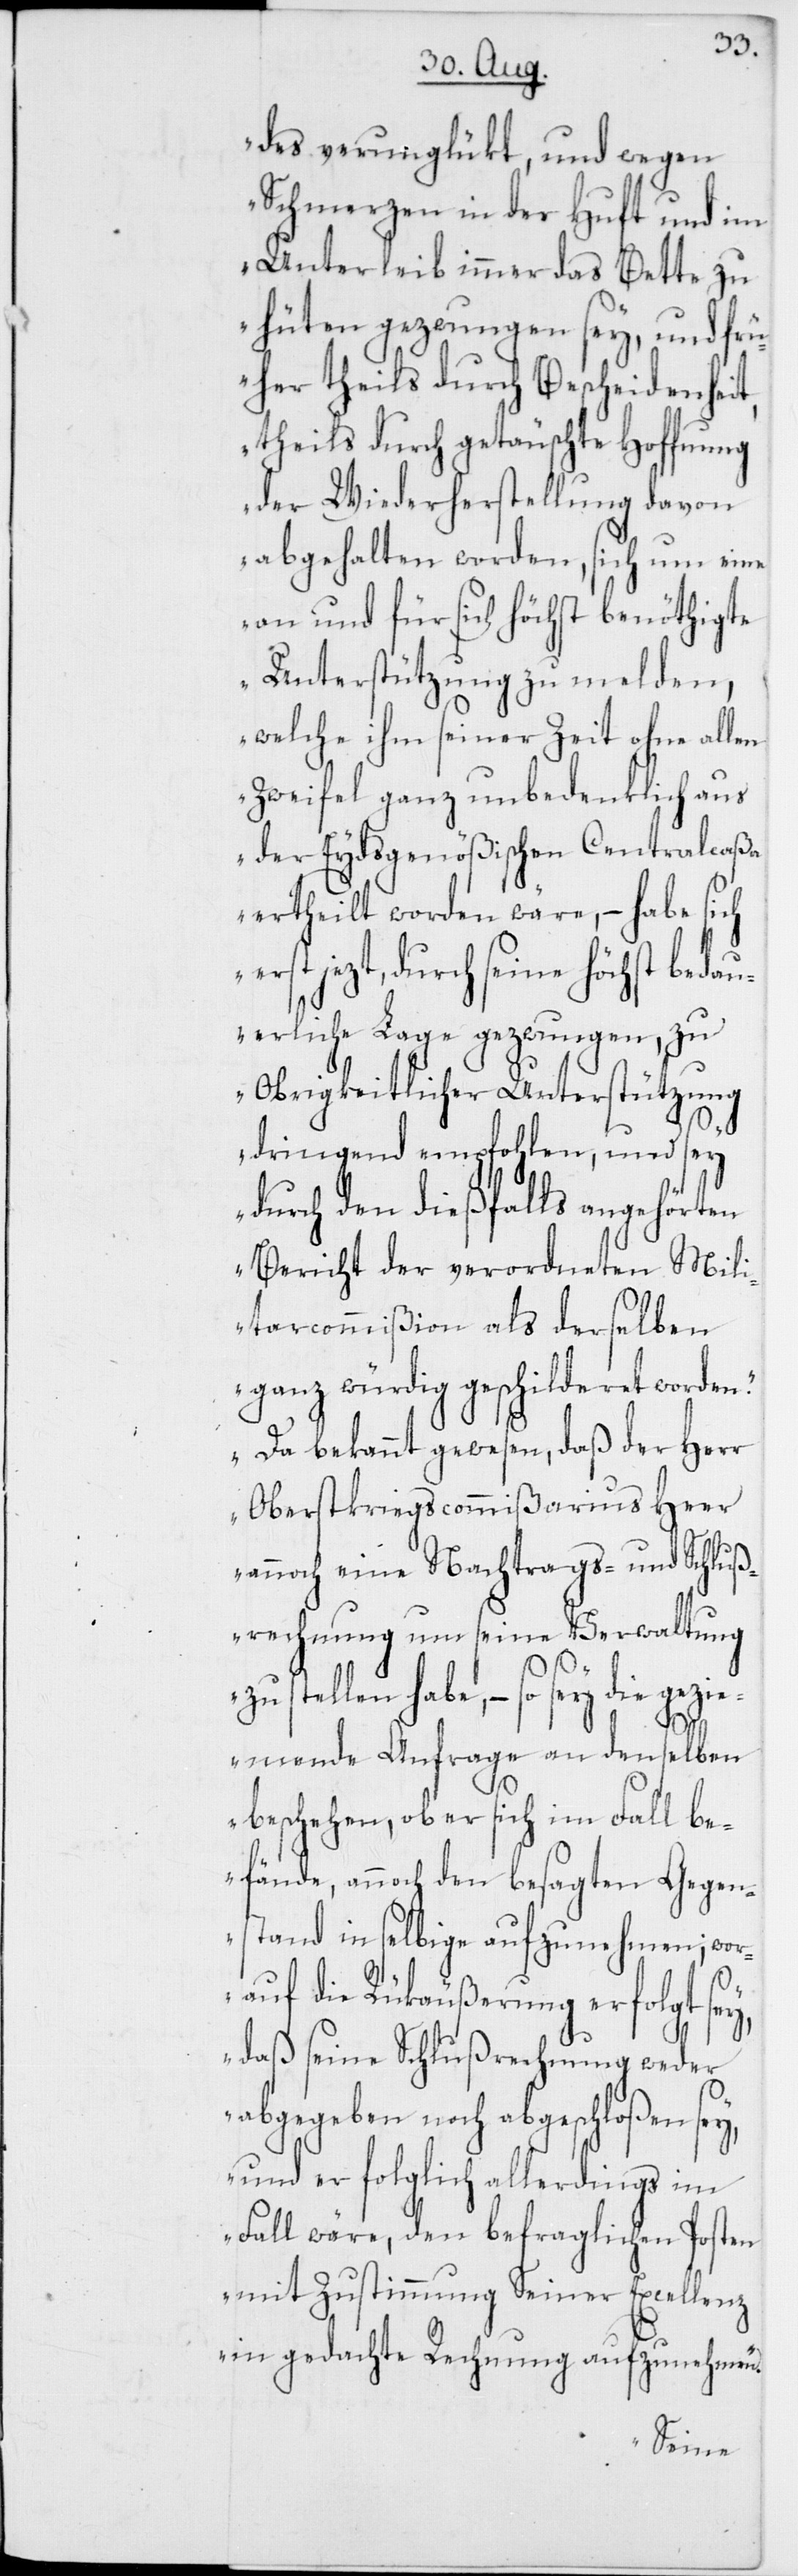
des verunglükt, und wegen
Schmerzen in der Huft und im
Unterleib immer das Bette zu
hüten gezwungen sey, und frü¬
her theils durch Bescheidenheit,
theils durch getäuschte Hoffnung
der Wiederherstellung davon
abgehalten worden, sich um eine
an und für sich höchst benöthigte
Unterstützung zu melden,
welche ihm seiner Zeit ohne allen
Zweifel ganz unbedenklich aus
der Eydsgenößischen Centralcaßa
ertheilt worden wäre, – habe sich
erst jezt, durch seine höchst bedau¬
erliche Lage gezwungen, zu
Obrigkeitlicher Unterstützung
dringend empfohlen, und sey
durch den dießfalls angehörten
Bericht der verordneten Mili¬
tarcommißion als derselben
ganz würdig geschilderet worden.
Da bekannt gewesen, daß der Herr
Oberstkriegscommißarius Heer
annoch eine Nachtrags- und Schluß¬
rechnung um seine Verwaltung
zu stellen habe, – so sey die
geziemende Anfrage an denselben
beschehen, ob er sich im Fall be¬
fände, annoch den besagten Gegen¬
stand in selbige aufzunehmen; wor¬
auf die Rükäußerung erfolgt sey,
daß seine Schlußrechnung weder
abgegeben noch abgeschloßen
und er folglich allerdings im
Fall wäre, den befraglichen Posten
mit Zustimmung Seiner Excellenz
in gedachte Rechnung aufzunehmen.